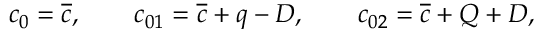
\begin{array} { c c c } { \displaystyle { c _ { 0 } = \overline { { c } } , \qquad c _ { 0 1 } = \overline { { c } } + q - D , \qquad c _ { 0 2 } = \overline { { c } } + Q + D , } } \end{array}